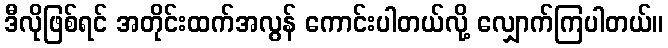
ဒီလိုဖြစ်ရင် အတိုင်းထက်အလွန် ကောင်းပါတယ်လို့ လျှောက်ကြပါတယ်။